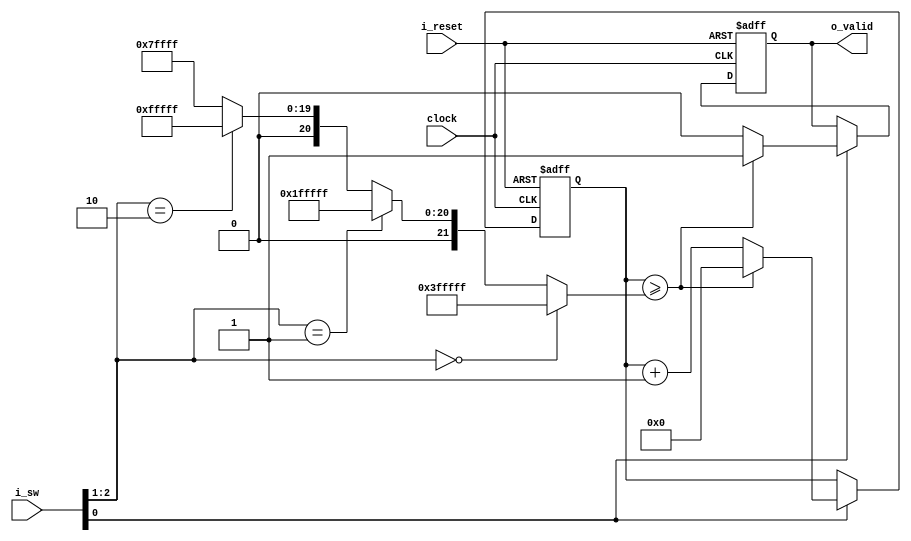
//Primer jerarquia
module count
#(  //Parametrizacion
    parameter NB_SW = 3 ,
    parameter NB_COUNTER =32
)
(
    output                  o_valid, //senial de habilitacion
    input [NB_SW -1 : 0]    i_sw,
    input                   i_reset,
    input                   clock
);

    //Localparam
    localparam R0 = (2**(NB_COUNTER-10))-1;
    localparam R1 = (2**(NB_COUNTER-11))-1;
    localparam R2 = (2**(NB_COUNTER-12))-1;
    localparam R3 = (2**(NB_COUNTER-13))-1;//Mas rapida pq tengo menos limit


    //Vars
    reg [NB_COUNTER -1 :0] counter;
    reg                     valid;
    wire [NB_COUNTER -1 :0] limit_counter;

    assign limit_counter = (i_sw[2:1]==2'b00)? R0 : 
                           (i_sw[2:1]==2'b01)? R1 :
                           (i_sw[2:1]==2'b10)? R2 : R3;


    always @(posedge clock or posedge i_reset) begin
        
        if(i_reset) begin
            counter <=  {NB_COUNTER{1'b0}};//h'0//32'd0;
            valid <= 1'b0;
        end
        else if (i_sw[0])begin

            if(counter >= limit_counter) begin
                counter <= {NB_COUNTER{1'b0}};
                valid <= 1'b1;
            end
            else begin 
                counter <= counter + {{NB_COUNTER-1{1'b0}},1'b1};
                valid <= 1'b0;
            end
        end
        //En estado (0) todo se detiene sin alterar el estado actual del contador y del SR/FS.
        //else if (~i_sw[0])begin
        //    valid <= 1'b0;
        //end
        else begin 
            counter <= counter;
            valid <= valid;
        end

    end

    assign o_valid = valid;



endmodule